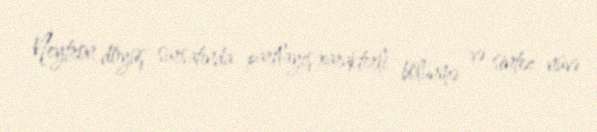
Neytron döyüş sursatında partlayış xarakterli bölünmə və sintez nüvə